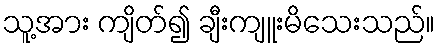
သူ့အား ကျိတ်၍ ချီးကျူးမိသေးသည်။